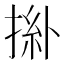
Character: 𢯜